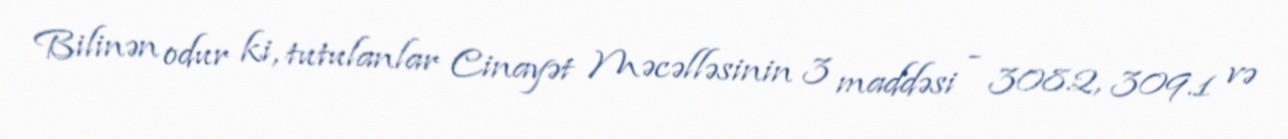
Bilinən odur ki, tutulanlar Cinayət Məcəlləsinin 3 maddəsi - 308.2, 309.1 və